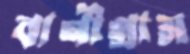
বাণীগ্রাম